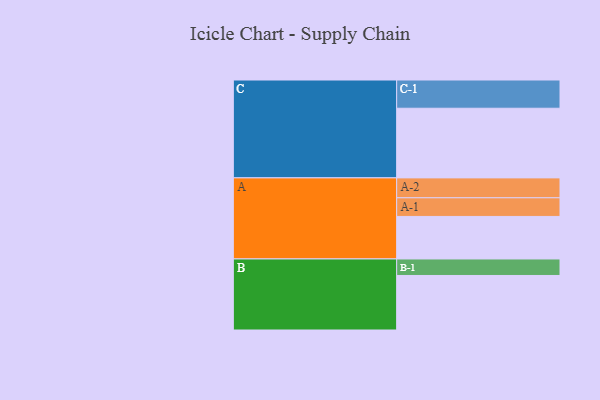
{"axis": {"x": "Segment", "y": "Value"}, "legend": ["", "A", "B", "C"], "data": [{"x": "A", "y": 301, "type": ""}, {"x": "B", "y": 386, "type": ""}, {"x": "C", "y": 493, "type": ""}, {"x": "A-1", "y": 132, "type": "A"}, {"x": "A-2", "y": 141, "type": "A"}, {"x": "B-1", "y": 117, "type": "B"}, {"x": "C-1", "y": 200, "type": "C"}]}